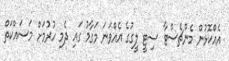
އެއްކޮޅުން މެންޗެސްޓާ ސިޓީ ލީގުގެ އެއްވަނަ މަގާމު ގައި ދެމި ހުރުމަށް މަސައްކަތް